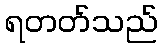
ရတတ်သည်